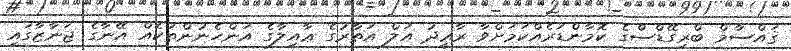
ޤައްސާމް ބްރިގޭޑްސްގެ ކޮމާންޑަރެއްކަމަށްވާ ރާޢީދު އަލް އަތާރުގެ ޢާއިލާގެ އަންހެނުންތަކެއް އޭނާގެ ޖަނާޒާގައި